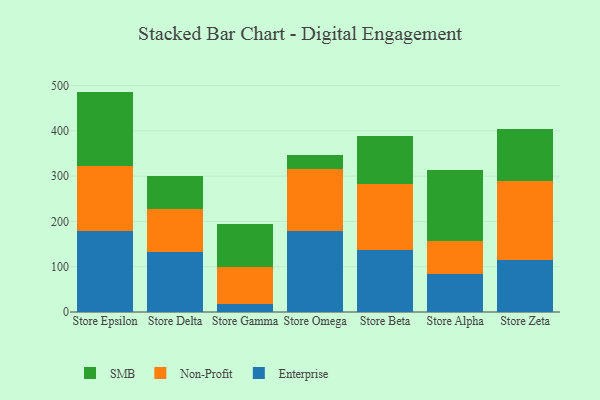
{"axis": {"x": "Store", "y": "Backlog"}, "legend": ["Enterprise", "Non-Profit", "SMB"], "data": [{"x": "Store Epsilon", "y": 178.2, "type": "Enterprise"}, {"x": "Store Epsilon", "y": 143.9, "type": "Non-Profit"}, {"x": "Store Epsilon", "y": 164.6, "type": "SMB"}, {"x": "Store Delta", "y": 132.9, "type": "Enterprise"}, {"x": "Store Delta", "y": 95.2, "type": "Non-Profit"}, {"x": "Store Delta", "y": 71.5, "type": "SMB"}, {"x": "Store Gamma", "y": 17.9, "type": "Enterprise"}, {"x": "Store Gamma", "y": 81.2, "type": "Non-Profit"}, {"x": "Store Gamma", "y": 94.4, "type": "SMB"}, {"x": "Store Omega", "y": 179.9, "type": "Enterprise"}, {"x": "Store Omega", "y": 135.3, "type": "Non-Profit"}, {"x": "Store Omega", "y": 31.2, "type": "SMB"}, {"x": "Store Beta", "y": 137.5, "type": "Enterprise"}, {"x": "Store Beta", "y": 145.2, "type": "Non-Profit"}, {"x": "Store Beta", "y": 105.5, "type": "SMB"}, {"x": "Store Alpha", "y": 83.9, "type": "Enterprise"}, {"x": "Store Alpha", "y": 73.5, "type": "Non-Profit"}, {"x": "Store Alpha", "y": 156.1, "type": "SMB"}, {"x": "Store Zeta", "y": 114.9, "type": "Enterprise"}, {"x": "Store Zeta", "y": 173.4, "type": "Non-Profit"}, {"x": "Store Zeta", "y": 115.7, "type": "SMB"}]}